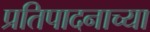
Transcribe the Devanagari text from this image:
प्रतिपादनाच्या